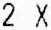
2 X